画像に写った文字を読んでください
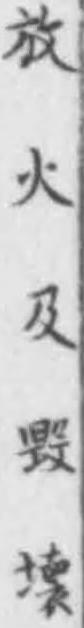
「放火及毁壞」と書いてあります